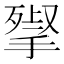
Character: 𢱵